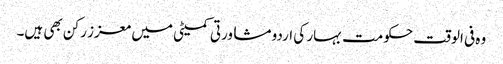
وہ فی الوقت حکومت بہار کی اردو مشاورتی کمیٹی میں معزز رکن بھی ہیں۔